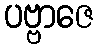
ပဗ္ဗာဇေ